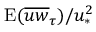
\mathrm { E } ( \overline { { u w } } _ { \tau } ) / u _ { \ast } ^ { 2 }